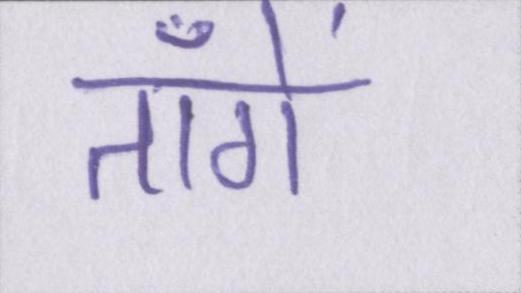
ताँगे